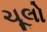
ચૂલો